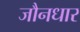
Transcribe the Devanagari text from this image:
जौनधार